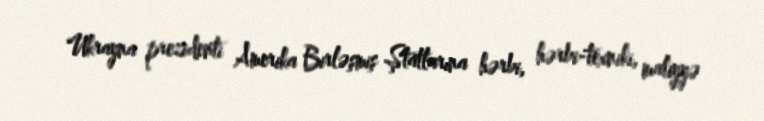
Ukrayna prezidenti Amerika Birləşmiş Ştatlarına hərbi, hərbi-texniki, maliyyə